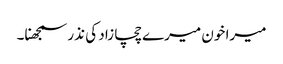
میرا خون میرے چچا زاد کی نذر سمجھنا۔